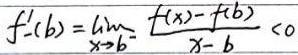
\(f_{-}'(b)=\lim\limits_{x\to b^{-}}\frac{f(x)-f(b)}{x - b}<0\)